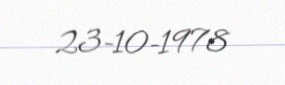
23-10-1978